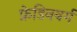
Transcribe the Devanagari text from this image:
फ्रेडिनबर्ग